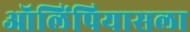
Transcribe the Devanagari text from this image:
ऑलिंपियासला